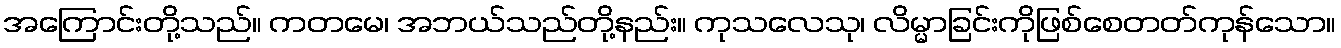
အကြောင်းတို့သည်။ ကတမေ၊ အဘယ်သည်တို့နည်း။ ကုသလေသု၊ လိမ္မာခြင်းကိုဖြစ်စေတတ်ကုန်သော။